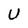
Character: U